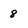
Character: 8